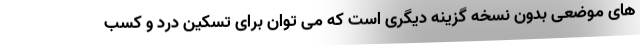
های موضعی بدون نسخه گزینه دیگری است که می توان برای تسکین درد و کسب